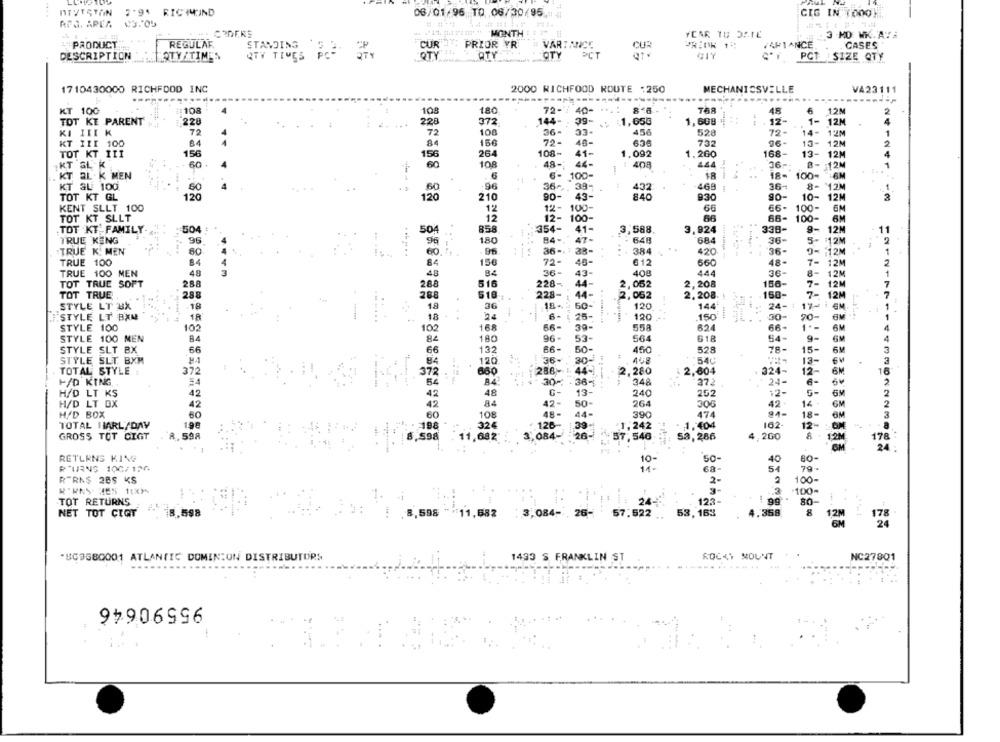
NTVISTON
7'9% RICIMIND
06/01/96 TO 06/30/95
CIG IN TOOO H
RPS. AREA 43.05
MONTH
YCAR IU 3A-12
3 MD WK.ATE
PRODUCT
REGULAR
STANDING 9 3.
PRIOR YR
VARI ANCE
FAFIANCE
CASES
3
CUR
DESCRIPTION
QTY/TIMES
QTY TIMES PO-
QTY
ATY
OTY
PCT
PCT SIZE QTY
1710430000 RICHFOOD INC
2000 RICHFOOD ROUTE :250
MECHANICSVILLE
VA23111
----
KT 100
:108
108
180
75-
48
12M
2
12-
1-
TOT KE PARENT
228
228
372
144-
EC
.: 1,650
1,608 :
12M
KI III K
72
72
100
36-
456
528
72-
14- 12M
1
150
70-
48-
65€
733
96-
13- 12M
2
KT III 100
84
TOT KT III
156
156
264
108-
41-
1,092
1.260
168-
13- 12M
4
IKT GL K
60
60
108
48-
44-
408
444
26-
B- 12M
1
..
KT AL K MEN
.6
6-
100-
18- 100-
-6M
KT SU 100
-96
36 -.
39-
432
469
36-
8- 12M
TOT KT GL
120
120
210
90-
43-
840
9.30
go-
10-
12M
KENT SLLT 100
12
12- 100
66
66- 100-
6M
12-
TOT KT SLLT
12
100-
66
66-
100-
6M
.TOT KT FAMILY
1504
50
858
354-
41-
3,588
3,924
338-
9- 12M
11
84-
TRUE KENG
96
180
47-
648
684
36-
5- 12M
2
:TRUE K. MEN
60
36 -. 38-
384
420
36-
0 -: 12M
1
3.4
60
TRUE 100
84
150
72-
46-
612
660
48-
7- 12M
2
TRUE 100 MEN
48
48
84
36-
43-
400
444
36-
8-
12M
TOT TRUE SOFT
516
44-
2,208
156-
7
288
268
228-
2,052
7- 12M
TOT TRUE
288
288
518
228-
44-
2,052
2.208.
-158-
12M
7
18
60-
120
144-
1
STYLE LT BX
18
36
24-
STYLE LT BXM
18
18
24
25-
120
150
--
L ..
20-
1
STYLE 100
102
66-
39-
55A
624
66-
1 .-
4
102
168
STYLE 100 MEN
B4
84
180
96-
53-
564
618
54-
9-
4
STYLE SLT BX
66
132
66-
50-
528
78-
15-
3
66
460
STYLE SLT. BXM
84
120
36-
30- :
452
540
13-
3
TOTAL STYLE
372
372
660
286-
44-
2,280
324-
12-
6M
16
24-
H/D KING
=4
30-
36-
348
372
H/D LT KS
42
42
48
13-
240
252
12-
2
H/D LT BX
42
42
84
42-
50-
264
30G
42
14
GM
H/D BOX
60
60
108
48-
44
390
474
94-
18-
3
TOTAL HARLYDAY
162
12-
OM
a
196
188
.126-
.39-
1,242
:1.404
GROSS TOT CIGT
.59A
11,682
3,084-
20-
57,546
53,286
4,200
8 - 12M
1,2M
178
24:
RETURNS KING
10-
50-
40
60-
RTURNS 100/130
11-
68-
79.
R-RN$ 285 KS
2-
2
100-
3-
TOT RETURNS
123-
80
NET TOT CIQT
53.
53, 163
4.358
.598
11,582
:3,084- 28-
178
*BC9580001 ATLANTIC DOMIN:UN DISTRIBUTORS
ROCKY MOUNT
NC27801
1493 S FRANKLIN ST
95590646
1: